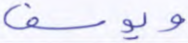
ويوسف